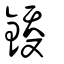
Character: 鋄